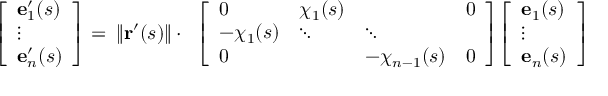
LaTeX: { \begin{array} { r } { { \left[ \begin{array} { l } { \mathbf { e } _ { 1 } ^ { \prime } ( s ) } \\ { \vdots } \\ { \mathbf { e } _ { n } ^ { \prime } ( s ) } \end{array} \right] } = } \end{array} } \| \mathbf { r } ^ { \prime } ( s ) \| \cdot { \begin{array} { r } { { \left[ \begin{array} { l l l l } { 0 } & { \chi _ { 1 } ( s ) } & { } & { 0 } \\ { - \chi _ { 1 } ( s ) } & { \ddots } & { \ddots } & { } \\ { 0 } & { } & { - \chi _ { n - 1 } ( s ) } & { 0 } \end{array} \right] } { \left[ \begin{array} { l } { \mathbf { e } _ { 1 } ( s ) } \\ { \vdots } \\ { \mathbf { e } _ { n } ( s ) } \end{array} \right] } } \end{array} }